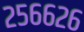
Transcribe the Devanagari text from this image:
२५६६२६